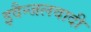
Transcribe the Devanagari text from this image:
इवैन्जलवादी